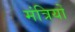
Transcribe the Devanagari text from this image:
मंत्रियोँ